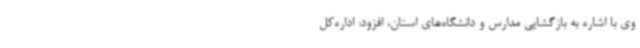
وی با اشاره به بازگشایی مدارس و دانشگاه‌های استان، افزود: اداره‌کل